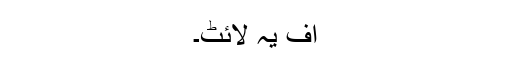
اف یہ لائٹ۔